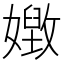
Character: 𡢝